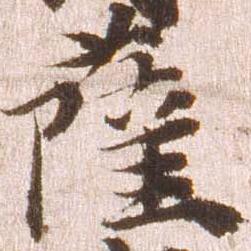
薩